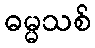
ဓမ္မသစ်